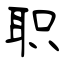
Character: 职